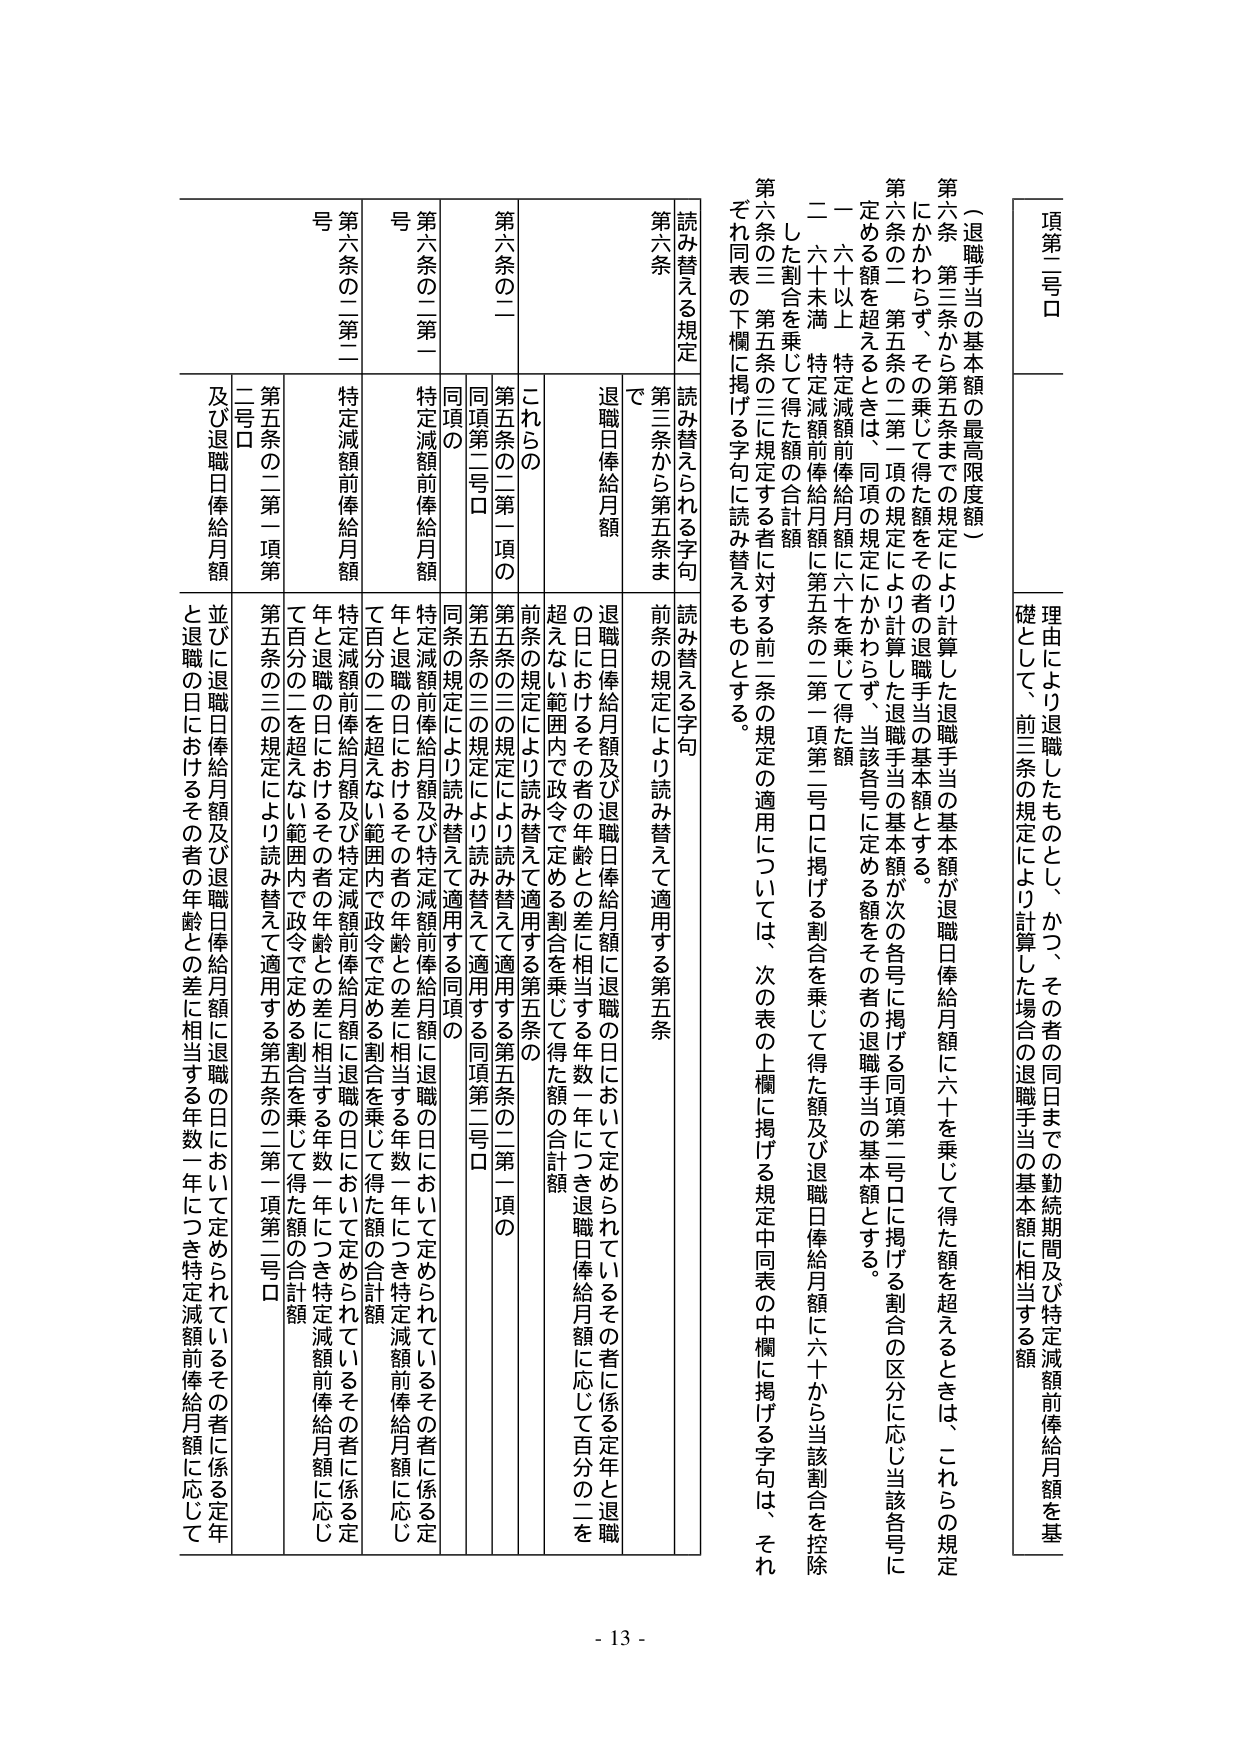
項第二号口

（退職手当の基本額の最高限度額）

第六条第三条から第五条までの規定により計算した退職手当の基本額が退職日俸給月額に六十を乗じて得た額を超えるときは、これらの規定にかかわらず、その乗じて得た額をその者の退職手当の基本額とする。

第六条の二第五条の三第一項の規定により計算した退職手当の基本額が次の各号に掲げる同項第二号口に掲げる割合の区分に応じ当該各号に定める額を超えるときは、同項の規定にかかわらず、当該各号に定める額をその者の退職手当の基本額とする。

一 六十以上 特定減額前俸給月額に六十を乗じて得た額

二 六十未満 特定減額前俸給月額に第五条の二第一項第二号口に掲げる割合を乗じて得た額及び退職日俸給月額に六十から当該割合を控除した割合を乗じて得た額の合計額

第六条の三第五条の三に規定する者に対する前二条の規定の適用については、次の表の上欄に掲げる規定中同表の中欄に掲げる字句は、それぞれ同表の下欄に掲げる字句に読み替えるものとする。

読み替える規定 読み替えられる字句 読み替える字句

第六条 第三条から第五条まで 前条の規定により読み替えて適用する第五条

退職日俸給月額 退職日俸給月額及び退職日俸給月額に退職の日において定められているその者に係る定年と退職の日におけるその者の年齢との差に相当する年数一年につき退職日俸給月額に応じて百分の二を超えない範囲内で政令で定める割合を乗じて得た額の合計額

第六条の二 これらの 第五条の二第一項の

同項の規定二号口 第五条の三の規定により読み替えて適用する第五条の二第一項第二号口

第六条の二第一号 特定減額前俸給月額 特定減額前俸給月額及び特定減額前俸給月額に退職の日において定められているその者に係る定年と退職の日におけるその者の年齢との差に相当する年数一年につき特定減額前俸給月額に応じて百分の二を超えない範囲内で政令で定める割合を乗じて得た額の合計額

第六条の二第二号 特定減額前俸給月額 特定減額前俸給月額及び特定減額前俸給月額に退職の日において定められているその者に係る定年と退職の日におけるその者の年齢との差に相当する年数一年につき特定減額前俸給月額に応じて百分の二を超えない範囲内で政令で定める割合を乗じて得た額の合計額

第五条の二第一項第二号口 並びに退職日俸給月額及び退職日俸給月額に退職の日において定められているその者に係る定年と退職の日におけるその者の年齢との差に相当する年数一年につき特定減額前俸給月額に応じて

理由により退職したものとし、かつ、その者の同日までの勤続期間及び特定減額前俸給月額を基礎として、前三条の規定により計算した場合の退職手当の基本額に相当する額

- 13 -